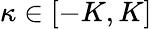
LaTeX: \kappa\in[-K,K]